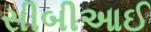
સીબીઆઈ